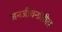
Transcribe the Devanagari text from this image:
जनजीवनांतील